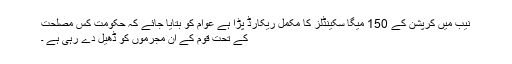
نیب میں کرپشن کے 150 میگا سکینڈلز کا مکمل ریکارڈ پڑا ہے عوام کو بتایا جائے کہ حکومت کس مصلحت
کے تحت قوم کے ان مجرموں کو ڈھیل دے رہی ہے ۔